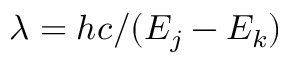
\lambda = h c / ( E _ { j } - E _ { k } )